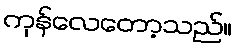
ကုန်လေတော့သည်။